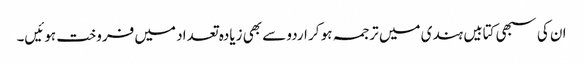
ان کی سبھی کتابیں ہندی میں ترجمہ ہو کر اردو سے بھی زیادہ تعداد میں فروخت ہوئیں۔